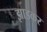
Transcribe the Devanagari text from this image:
झाडकर